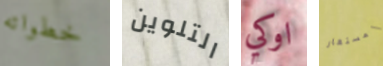
خطواته التلوين اوكي المستعار